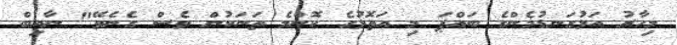
މިހާރު އަޅުގަނޑުމެންގެ ބައްޕަ މި އަތޮޅުގެ ކޮންމެ ތަނަކުން ވެސް ގެނެވޭ" ނާއިބް